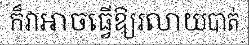
ក៏វាអាចធ្វើឱ្យរលាយបាត់